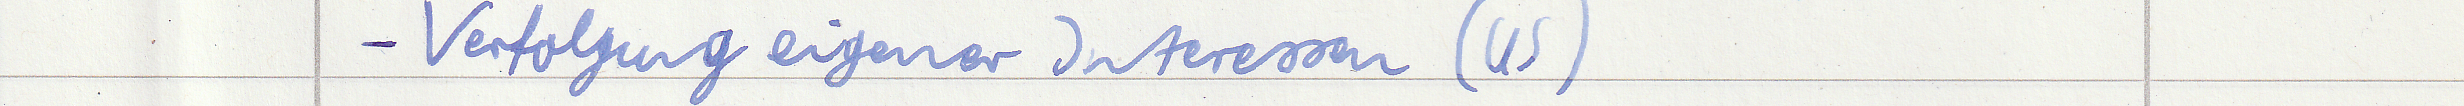
- Verfolgung eigener Interessen (US)